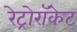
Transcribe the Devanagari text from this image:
रेट्रोरॉकेट